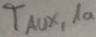
Text: TAUX,1a